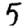
Digit: 5